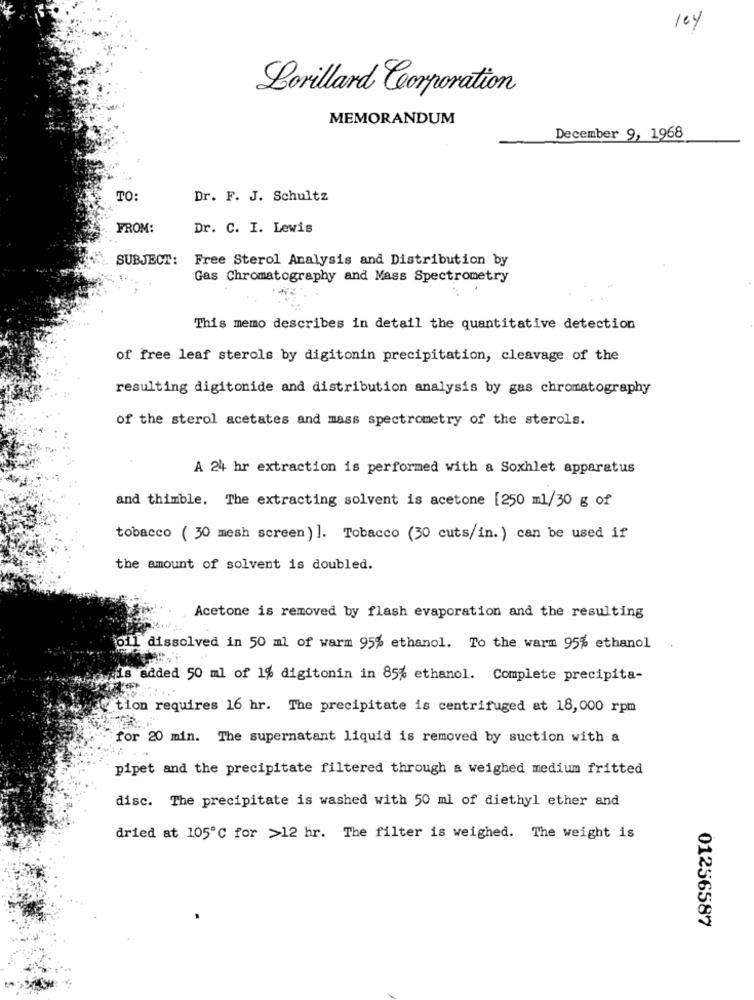
104
Lorillard Corporation
MEMORANDUM
December 9, 1968
TO:
Dr. F. J. Schultz
FROM:
Dr. C. I. Lewis
SUBJECT:
Free Sterol Analysis and Distribution by
Gas Chromatography and Mass Spectrometry
This memo describes in detail the quantitative detection
of free leaf sterols by digitonin precipitation, cleavage of the
resulting digitonide and distribution analysis by gas chromatography
of the sterol acetates and mass spectrometry of the sterols.
A 24 hr extraction is performed with a Soxhlet apparatus
and thimble, The extracting solvent is acetone [250 ml/30 g of
tobacco ( 30 mesh screen) ]. Tobacco (30 cuts/in.) can be used if
the amount of solvent is doubled.
Acetone is removed by flash evaporation and the resulting
oil dissolved in 50 ml of warm 95% ethanol. To the warm 95% ethanol
pis added 50 ml of 1% digitonin in 85% ethanol. Complete precipita-
@ tion requires 16 hr. The precipitate is centrifuged at 18,000 rpm
for 20 min. The supernatant liquid is removed by suction with a
pipet and the precipitate filtered through a weighed medium fritted
disc. The precipitate is washed with 50 ml of diethyl ether and
dried at 105℃ for >12 hr. The filter is weighed. The weight is
01256587